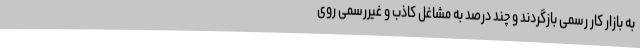
به بازار کار رسمی بازگردند و چند درصد به مشاغل کاذب و غیررسمی روی